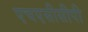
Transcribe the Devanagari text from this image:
एचएसीसीपी